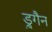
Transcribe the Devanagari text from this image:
ड्रुगैन